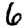
Digit: 6